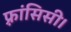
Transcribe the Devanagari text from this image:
फ़्रांसिसी।